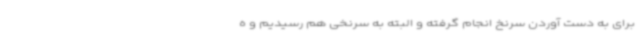
برای به دست آوردن سرنخ انجام گرفته و البته به سرنخی هم رسیدیم و ه